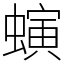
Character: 螾